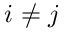
i \not = j